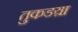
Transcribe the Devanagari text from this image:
तुकडय़ा